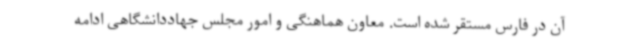
آن در فارس مستقر شده است. معاون هماهنگی و امور مجلس جهاددانشگاهی ادامه